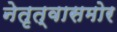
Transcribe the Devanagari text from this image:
नेतृत्वासमोर